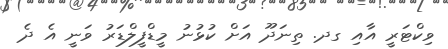
ވިކްޓަރީ އާއި ގދ. ތިނަދޫ އަށް ކުޅުނު މީޑްފީލްޑަރު ވަނީ އެ ދެ